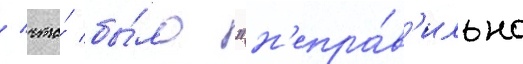
/ что́ бы́ло "н'епра́в'ильно